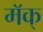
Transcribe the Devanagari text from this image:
मॅक्